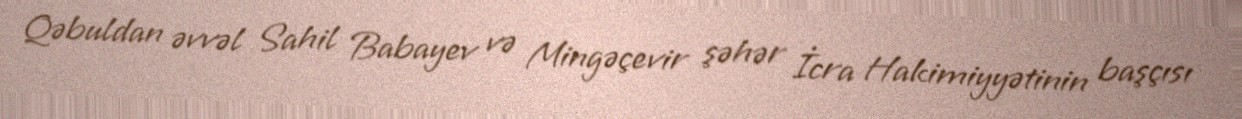
Qəbuldan əvvəl Sahil Babayev və Mingəçevir şəhər İcra Hakimiyyətinin başçısı